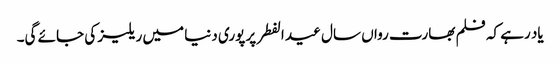
یاد رہے کہ فلم بھارت رواں سال عید الفطر پر پوری دنیا میں ریلیز کی جائے گی۔